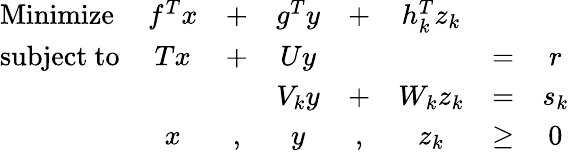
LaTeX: {\begin{array}{lccccccc}{{\mathrm{Minimize}}}&{f^{T}x}&{+}&{g^{T}y}&{+}&{h_{k}^{T}z_{k}}&&\\ {{\mathrm{subject~to}}}&{Tx}&{+}&{Uy}&&&{=}&{r}\\ &&&{V_{k}y}&{+}&{W_{k}z_{k}}&{=}&{s_{k}}\\ &{x}&{,}&{y}&{,}&{z_{k}}&{\geq}&{0}\end{array}}